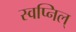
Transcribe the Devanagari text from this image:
स्वप्निल्